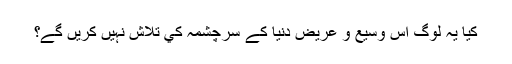
كيا يہ لوگ اس وسيع و عريض دنيا كے سرچشمہ كي تلاش نہيں كريں گے؟